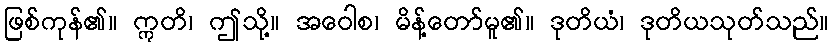
ဖြစ်ကုန်၏။ ဣတိ၊ ဤသို့။ အဝေါစ၊ မိန့်တော်မူ၏။ ဒုတိယံ၊ ဒုတိယသုတ်သည်။